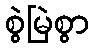
စွဲမြဲစွာ